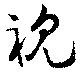
視